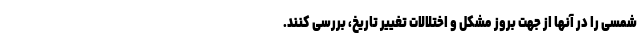
شمسی را در آنها از جهت بروز مشکل و اختلالات تغییر تاریخ، بررسی کنند.